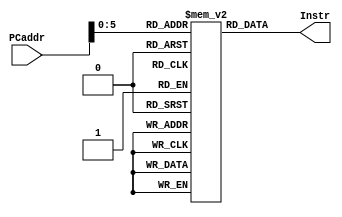
`timescale 1ns / 1ps
//////////////////////////////////////////////////////////////////////////////////
// Company: 
// Engineer: 
// 
// Design Name: 
// Module Name: Instr_Mem
// Project Name: 
// Target Devices: 
// Tool Versions: 
// Description: 

//////////////////////////////////////////////////////////////////////////////////
//**** OPCODE ****
//ADD Rd,Rs,Rt   (Rd=Rs+Rt)                 0010
//SUB Rd,Rs,Rt   (Rd=Rs-Rt)                 0110
//AND Rd,Rs,Rt   (Rd=Rs'*'Rt)               0000
//OR  Rd,Rs,Rt   (Rd=Rs'+'Rt)               0001
//SLT Rd,Rs,Rt   (if(Rs<Rt)Rd=1 else Rd=0)  0111
//LW  Rt,off(Rs) (Rt=M[off+Rs])             1000
//SW  Rt,off(Rs) (M[off+Rs]=Rt)             1010
//BNE Rs,Rt<off> (if(Rs!=Rt) pc=pc+off+4)    1110

module Instr_Mem(Instr,PCaddr);
output [15:0] Instr;
input [15:0] PCaddr;

reg[15:0] Instr;
reg[15:0] instr_mem [0:63];

initial 
    begin 
    // Rt=Rs*Rd 
    // opcod(4bits),RS(4bits),Rt(4bits),Rd(4bits) ADDRESSES
    //R1[1010]
    //R2[1011]
    //R3[1000]
    //R4[0100]
    //R5[1100]
    //R6[0110]
    //             opcod  R6   R1  offset
    instr_mem[0]=16'b1000_0110_1010_0000;//LW R1, offset(R6);  Load the value of 4 into register file from Data Memory  
    //             opcod  R6   R2  offset
    instr_mem[1]=16'b1000_0110_1011_0001;//LW R2, offset(R6);  Load the value of 7 into register file from Data Memory  
    //             opcod  R0   R0   R3
    instr_mem[2]=16'b0010_0000_0000_1000;//ADD R0, R0, R3;     Initialize R3 to zero to be used for stroing addition values 
    //             opcod  R0   R2   R4
    instr_mem[3]=16'b0010_0000_1011_0100;//ADD R0, R2, R4;     Initialize R4 with value R2=7 to act as a counter 
    //             opcod  R3   R1   R3
    instr_mem[4]=16'b0010_1000_1010_1000;//ADD R3, R1, R3;     Store the addition values that is incremented each time by loop 
    //             opcod  R4   R5   R4
    instr_mem[5]=16'b0110_0100_1100_0100;//SUB R3, R5, R4;     Decrement the counter value R4 by one (R5) 
    //             opcod  R4   R0   off     
    instr_mem[6]=16'b1110_0100_0000_0011;//BNE R4, R0(offset); If counter(R4)=0 end loop else go to PC[4] 
    //                                                         The offset = R0 + signext(0011) in 2's comp operation
    //                                                         The branch address will then be PC=PC+offset+1=> PC[4]  
    instr_mem[7]=16'b0001_0000_0000_0000;//N/A
    instr_mem[8]=16'b0010_0000_0000_0000;//N/A
    instr_mem[9]=16'b0010_0000_0000_0000;//N/A 
    instr_mem[10]=16'b0010_0000_0000_0000;//N/A
    
    end
    
always @(PCaddr)
    begin
        Instr= instr_mem[PCaddr];
    end
    
//***Instr output datapath destination 
//[15-12] Instr => Contorl Unit 
//[11-8] Instr  => Read Reg 1 (Rs)
//[7-4] Instr   => Read Reg 2 (Rt)
//[3-0] Instr   => Sign Extend 

endmodule